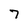
Character: 7